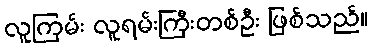
လူကြမ်း လူရမ်းကြီးတစ်ဦး ဖြစ်သည်။